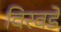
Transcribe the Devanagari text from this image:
विरवडे